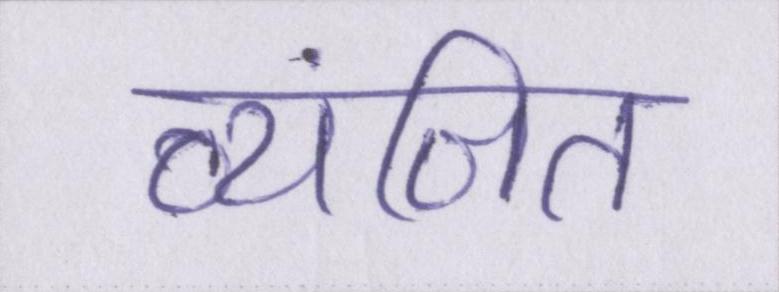
व्यंजित